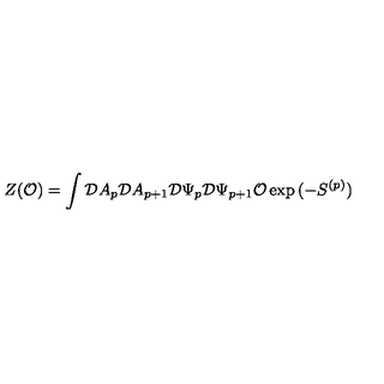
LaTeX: Z ( { \cal O } ) = \int { \cal D } A _ { p } { \cal D } A _ { p + 1 } { \cal D } \Psi _ { p } { \cal D } \Psi _ { p + 1 } { \cal O } \exp { ( - S ^ { ( p ) } ) }